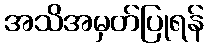
အသိအမှတ်ပြုရန်